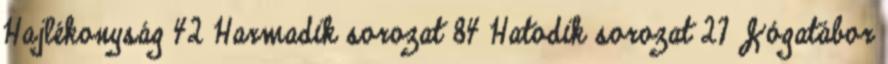
Hajlékonyság 42 Harmadik sorozat 84 Hatodik sorozat 27 Jógatábor